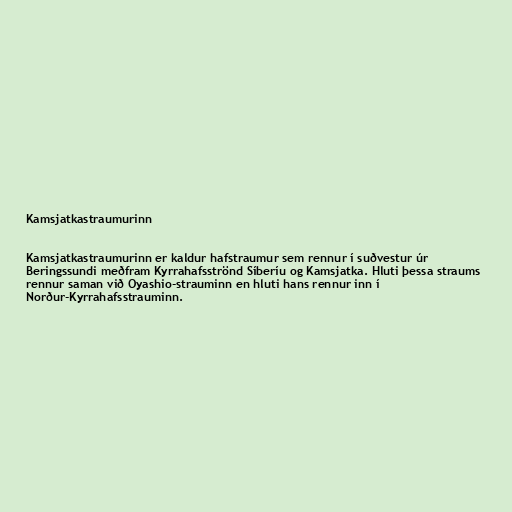
Kamsjatkastraumurinn

Kamsjatkastraumurinn er kaldur hafstraumur sem rennur í suðvestur úr
Beringssundi meðfram Kyrrahafsströnd Síberíu og Kamsjatka. Hluti þessa straums
rennur saman við Oyashio-strauminn en hluti hans rennur inn í
Norður-Kyrrahafsstrauminn.